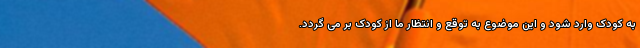
به کودک وارد شود و این موضوع به توقع و انتظار ما از کودک بر می گردد.